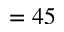
= 4 5